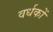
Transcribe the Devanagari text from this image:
वर्धकों